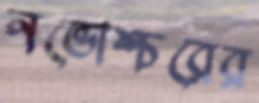
নভোশ্চরের